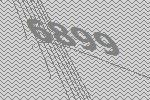
6899